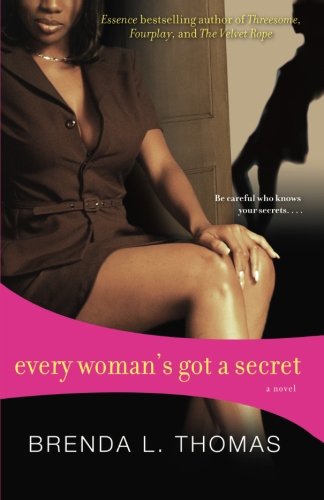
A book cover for Every Woman's Got a Secret; Brenda L. Thomas; Romance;